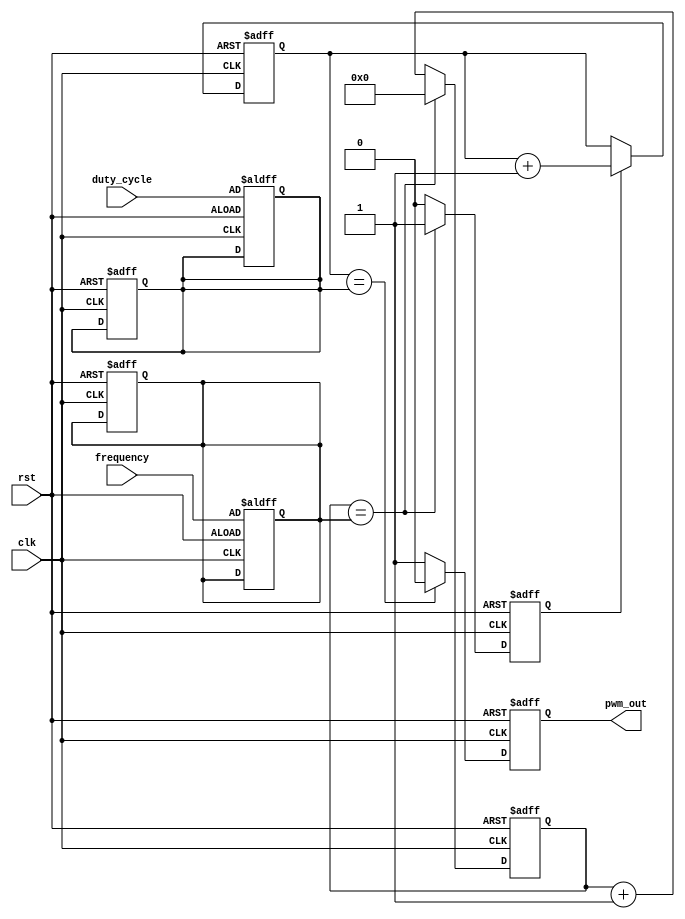
module pwm_timer(
    input wire clk,
    input wire rst,
    input wire [7:0] duty_cycle,
    input wire [15:0] frequency,
    output reg pwm_out
);

reg [15:0] counter;
reg [7:0] duty_counter;
reg sync;
reg [7:0] duty_cycle_reg;
reg [15:0] frequency_reg;

always @ (posedge clk or posedge rst)
begin
    if (rst)
    begin
        counter <= 16'd0;
        duty_counter <= 8'd0;
        sync <= 1'b0;
        pwm_out <= 1'b0;
        duty_cycle_reg <= 8'd0;
        frequency_reg <= 16'd0;
    end
    else
    begin
        if (counter == frequency_reg)
        begin
            counter <= 16'd0;
            sync <= 1'b1;
        end
        else
        begin
            counter <= counter + 16'd1;
            sync <= 1'b0;
        end
        
        if (sync)
            duty_counter <= duty_counter + 8'd1;
        
        if (duty_counter == duty_cycle_reg)
            pwm_out <= 1'b0;
        else
            pwm_out <= 1'b1;
    end
end

always @ (posedge clk or posedge rst)
begin
    if (rst)
    begin
        duty_cycle_reg <= duty_cycle;
        frequency_reg <= frequency;
    end
end

endmodule